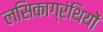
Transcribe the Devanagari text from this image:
लसिकाग्रंथियों